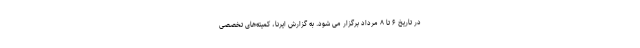
در تاریخ ۶ تا ۸ مرداد برگزار می شود. به گزارش ایرنا، کمیته‌های تخصصی